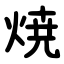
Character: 焼